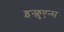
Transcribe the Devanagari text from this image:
इन्फ्लुएन्स